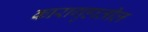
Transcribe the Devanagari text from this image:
कारागृहातील